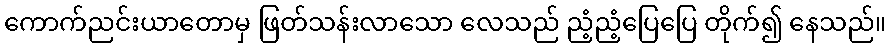
ကောက်ညင်းယာတောမှ ဖြတ်သန်းလာသော လေသည် ညံ့ညံ့ပြေပြေ တိုက်၍ နေသည်။